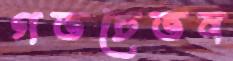
গতচেতন